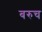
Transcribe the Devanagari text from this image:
बरुच